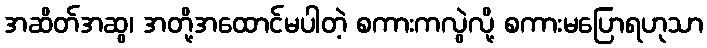
အဆိတ်အဆွ၊ အတို့အထောင်မပါတဲ့ စကားကလွဲလို့ စကားမပြောရဟုသာ